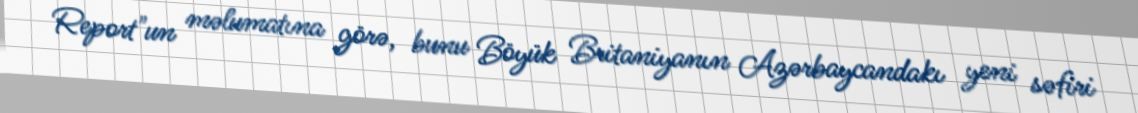
Report"un məlumatına görə, bunu Böyük Britaniyanın Azərbaycandakı yeni səfiri